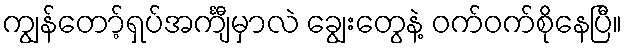
ကျွန်တော့်ရှပ်အင်္ကျီမှာလဲ ချွေးတွေနဲ့ ဝက်ဝက်စိုနေပြီ။